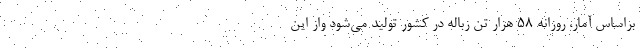
براساس آمار، روزانه ۵۸ هزار تن زباله در کشور تولید می‌شود واز این